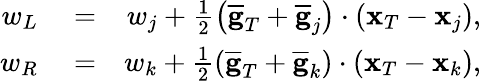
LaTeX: \begin{array}{rlr}{w_{L}}&{{}=}&{w_{j}+\frac{1}{2}\left(\overline{{\mathbf g}}_{T}+\overline{{\mathbf g}}_{j}\right)\cdot({\mathbf x}_{T}-{\mathbf x}_{j}),}\\ {w_{R}}&{{}=}&{w_{k}+\frac{1}{2}\left(\overline{{\mathbf g}}_{T}+\overline{{\mathbf g}}_{k}\right)\cdot({\mathbf x}_{T}-{\mathbf x}_{k}),}\end{array}